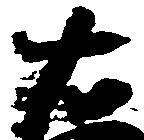
右